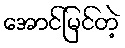
အောင်မြင်တဲ့